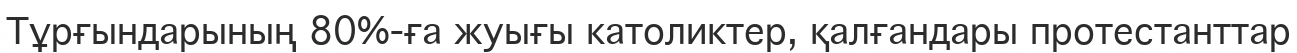
Тұрғындарының 80%-ға жуығы католиктер, қалғандары протестанттар